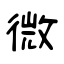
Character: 微